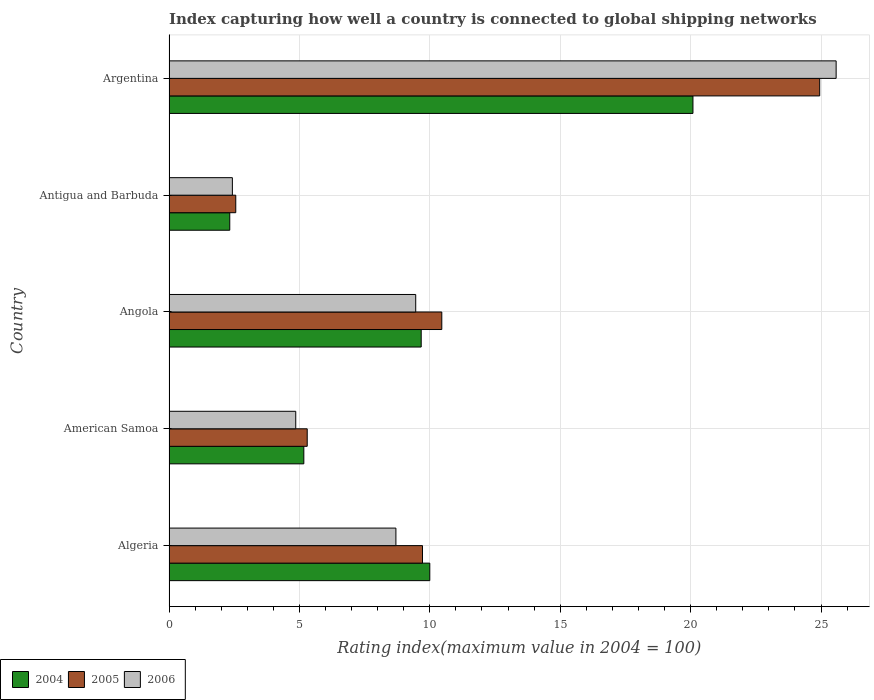
| Country | 2004 | 2005 | 2006 |
 | --- | --- | --- | --- |
 | Algeria | 10 | 9.72 | 8.7 |
 | American Samoa | 5.17 | 5.3 | 4.86 |
 | Angola | 9.67 | 10.5 | 9.46 |
 | Antigua and Barbuda | 2.33 | 2.56 | 2.43 |
 | Argentina | 20.1 | 24.9 | 25.6 |